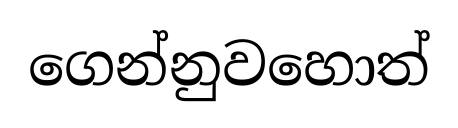
ගෙන්නුවහොත්